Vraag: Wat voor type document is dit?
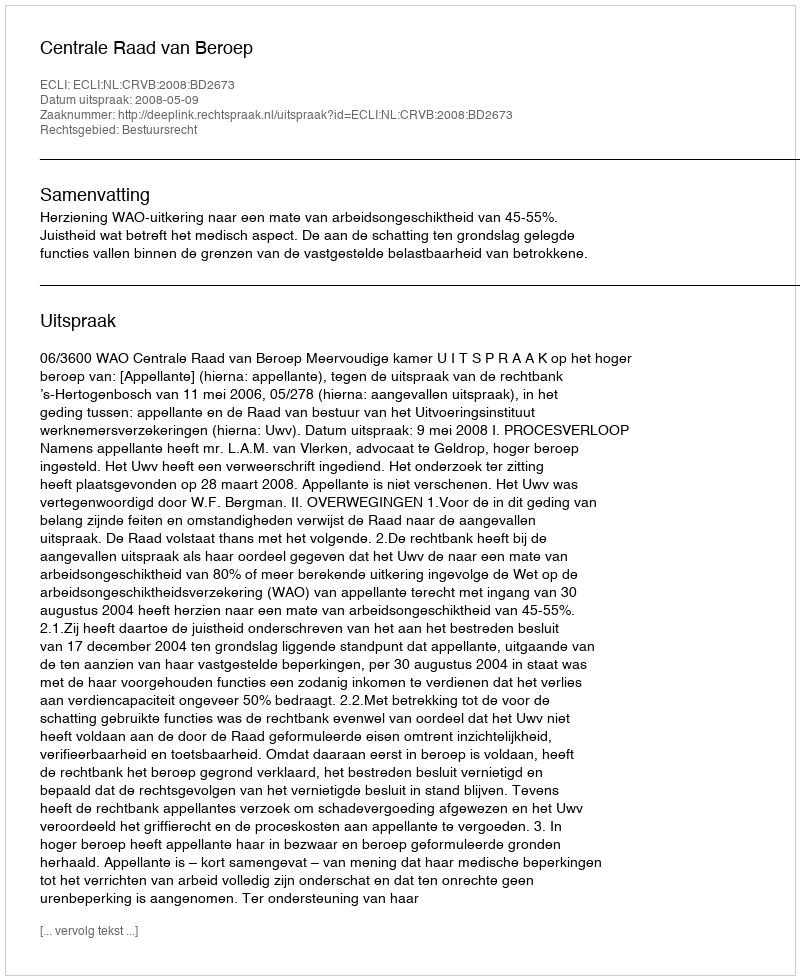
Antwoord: Uitspraak